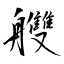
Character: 艭